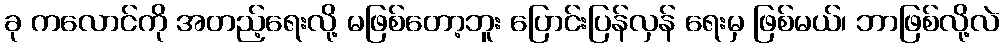
ခု ကလောင်ကို အတည့်ရေးလို့ မဖြစ်တော့ဘူး ပြောင်းပြန်လှန် ရေးမှ ဖြစ်မယ်၊ ဘာဖြစ်လို့လဲ